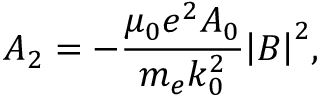
{ \cal A } _ { 2 } = - { \frac { \mu _ { 0 } e ^ { 2 } A _ { 0 } } { m _ { e } k _ { 0 } ^ { 2 } } } { \left| B \right| } ^ { 2 } ,